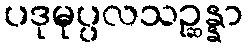
ပဒုမုပ္ပလသဉ္ဆန္နာ